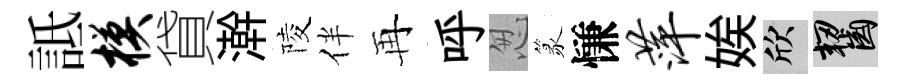
詆模貸澣陵伴再呼怱篆慊萍娭欣齧